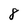
Character: 8